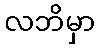
လဘိမှာ